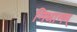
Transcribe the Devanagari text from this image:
निधानम्